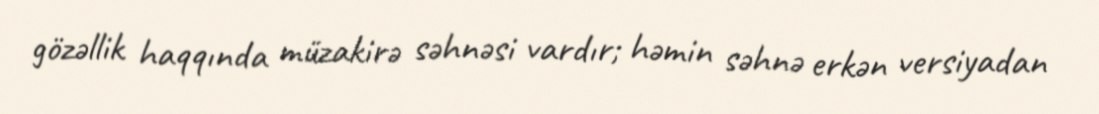
gözəllik haqqında müzakirə səhnəsi vardır; həmin səhnə erkən versiyadan